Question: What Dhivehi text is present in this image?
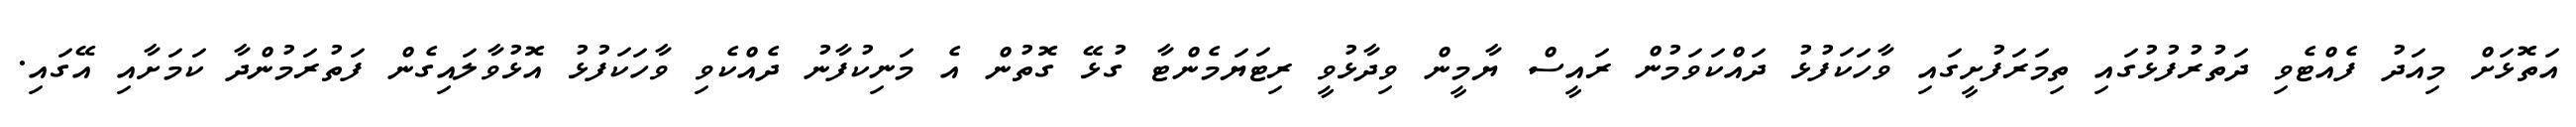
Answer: އަތޮޅަށް މިއަދު ފެއްޓެވި ދަތުރުފުޅުގައި ތިމަރަފުށީގައި ވާހަކަފުޅު ދައްކަވަމުން ރައީސް ޔާމީން ވިދާޅުވީ ރިޓަޔަމެންޓާ ގުޅޭ ގޮތުން އެ މަނިކުފާނު ދެއްކެވި ވާހަކަފުޅު އޮޅުވާލައިގެން ފަތުރަމުންދާ ކަމަށާއި އޭގައި.